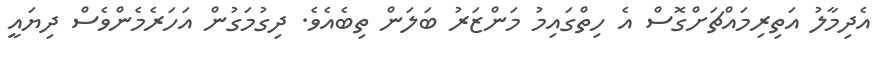
އެދިމާލު އަތިރިމައްޗަށްގޮސް އެ ހިތްގައިމު މަންޒަރު ބަލަން ތިބެއެވެ. ދިގުމަގުން އަހަރެމެންވެސް ދިޔައީ